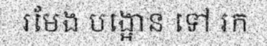
រមែង បង្អោន ទៅ រក